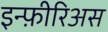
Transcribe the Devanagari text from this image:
इन्फ़ीरिअस